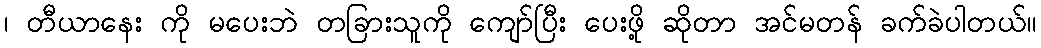
၊ တီယာနေး ကို မပေးဘဲ တခြားသူကို ကျော်ပြီး ပေးဖို့ ဆိုတာ အင်မတန် ခက်ခဲပါတယ်။